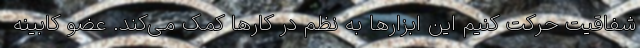
شفاقیت حرکت کنیم این ابزارها به نظم در کارها کمک می‌کند. عضو کابینه